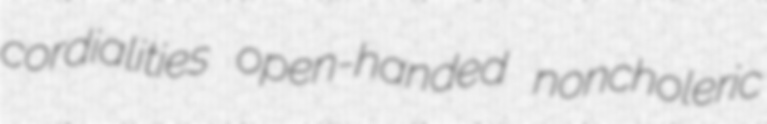
cordialities open-handed noncholeric